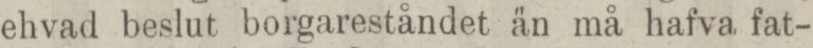
ehvad beslut borgareståndet än må hafva fat-